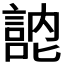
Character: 𭋚